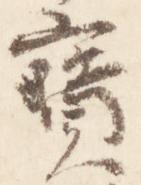
宝